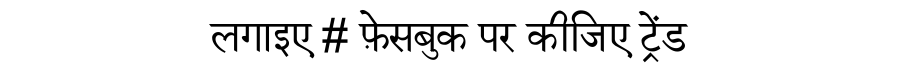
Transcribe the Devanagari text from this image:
लगाइए # फ़ेसबुक पर कीजिए ट्रेंड